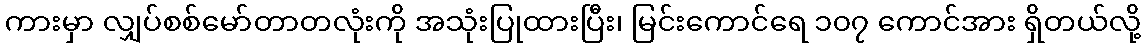
ကားမှာ လျှပ်စစ်မော်တာတလုံးကို အသုံးပြုထားပြီး၊ မြင်းကောင်ရေ ၁၀၇ ကောင်အား ရှိတယ်လို့